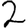
Digit: 2